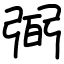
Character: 弼